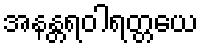
အနန္တရဝါရတ္တယေ